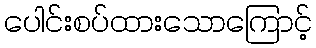
ပေါင်းစပ်ထားသောကြောင့်